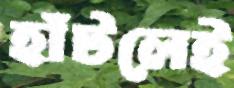
হাঁটলেই